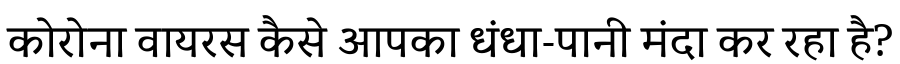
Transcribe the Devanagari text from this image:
कोरोना वायरस कैसे आपका धंधा-पानी मंदा कर रहा है?